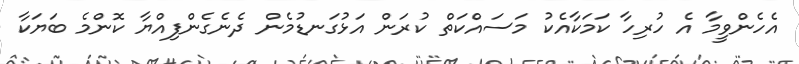
އެހެންވީމާ އެ ހުރިހާ ކަމަކާއެކު މަސައްކަތް ކުރަން އަޅުގަނޑުމެން ދެނެގެންފިއްޔާ ކޮންމެ ބަޔަކާ